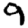
Digit: 9